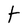
Character: t